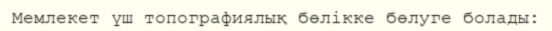
Мемлекет үш топографиялық бөлікке бөлуге болады: